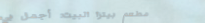
مطعم بيتزا البيت: أجمل بي